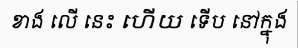
ខាង លើ នេះ ហើយ ទើប នៅក្នុង